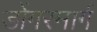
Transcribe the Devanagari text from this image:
डोंगरमार्ग